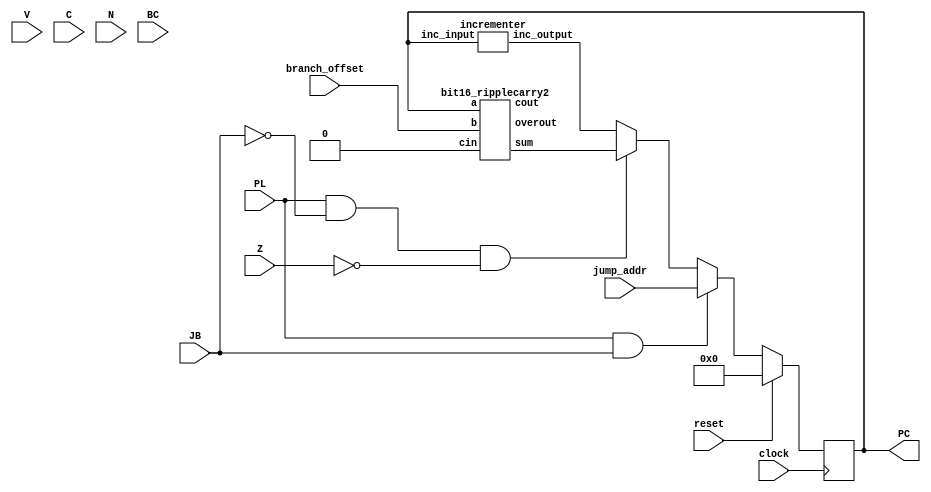
////////////////////////////////////////////////////////////////////////////////////////////////////
//
//
// Description: This is a model of the Program Counter controller for the Simple Computer.
//
//              The Program Counter's next value depends on the kind of instruction being executed.
//              - The Jump instruction uses an address value from the instruction's target register
//                as its destination.
//              - The Branch instructions use an address offset contained in the instruction code,
//                and are also dependent in part upon status flags N and Z.
//              - All other instructions cause PC to advance to the next consecutive instruction.
//
// Modified by KLC, Nov 2015 to fix R6/R7 LED viewing.
// Modified by Addison Ferrari, July 2019 to reduce amount of procedural verilog and increase
//          readability.
// Modified by JST, October 2019 to remove hidden control references.
// Modified by KLC, March 2020 to remove "+" operator
// Modified by KLC, Feb 2021 to eliminate "half_adder" name conflict
//
// ** Note that this modules uses Verilog constructs that you are NOT permitted to use in your code ** 
// 
////////////////////////////////////////////////////////////////////////////////////////////////////

module pc_controller(clock, reset, V, C, N, Z, PL, JB, BC, branch_offset, jump_addr, PC);
	input         clock;				// CPU clock
	input         reset;				// CPU reset
	input         V;					// Overflow status bit
	input         C;					// Carry status bit
	input         N;					// Negative status bit
	input         Z;					// Zero status bit
	input         PL;					// Program Counter Load
	input         JB;					// Jump/Branch Control
	input         BC;					// Branch Condition
	input  [15:0] jump_addr;		// Jump Address
	input  [15:0] branch_offset;	// Branch Offset
	output [15:0] PC;					// PC value
	reg    [15:0] PC;

	wire   [15:0] next_pc;
	wire   [15:0] pc_inc;

	wire	 [15:0] result, PCcarry;
	wire cout, ovout, cout1, ovout1;
	
	// Register that increments the PC at every positive clock edge
	always@(posedge clock) begin
		if(reset)
			PC <= 16'h0000;
		else
			PC <= next_pc;
	end
	
	// Logic to decide what is the next PC value based upon the control bits (PL, JB, BC) and the status bits (N, Z)
	// YOU WILL HAVE TO MODIFY THIS LOGIC IN LEARNING EXPERIENCE F.3.

   assign next_pc = (reset == 1'b1)                           ? 16'h0000           :	// Reset: next_PC = 0
                    (PL&JB == 1'b1)                           ? jump_addr          :	// JUMP: next_PC = jump_address
						  (PL&~JB&~Z == 1'b1)										? result				:
                                                                pc_inc;			         // Default: next_PC = PC + 1 

   incrementer PCINC (pc_inc, PC);
	
	

	bit16_ripplecarry2 offsetAddition2(result, cout, ovout, PC, branch_offset, 1'b0);   //Add
	
	

endmodule


module incrementer (inc_output, inc_input);
   input [15:0] inc_input;
	output [15:0] inc_output;
	wire [16:1] C;
	
	halfadd HA0 (inc_output[0], C[1], inc_input[0], 1'b1);
	halfadd HA1 (inc_output[1], C[2], inc_input[1], C[1]);
	halfadd HA2 (inc_output[2], C[3], inc_input[2], C[2]);
	halfadd HA3 (inc_output[3], C[4], inc_input[3], C[3]);
	halfadd HA4 (inc_output[4], C[5], inc_input[4], C[4]);
	halfadd HA5 (inc_output[5], C[6], inc_input[5], C[5]);
	halfadd HA6 (inc_output[6], C[7], inc_input[6], C[6]);
	halfadd HA7 (inc_output[7], C[8], inc_input[7], C[7]);
	halfadd HA8 (inc_output[8], C[9], inc_input[8], C[8]);
	halfadd HA9 (inc_output[9], C[10], inc_input[9], C[9]);
	halfadd HA10 (inc_output[10], C[11], inc_input[10], C[10]);
	halfadd HA11 (inc_output[11], C[12], inc_input[11], C[11]);
	halfadd HA12 (inc_output[12], C[13], inc_input[12], C[12]);
	halfadd HA13 (inc_output[13], C[14], inc_input[13], C[13]);
	halfadd HA14 (inc_output[14], C[15], inc_input[14], C[14]);
	halfadd HA15 (inc_output[15], C[16], inc_input[15], C[15]);

endmodule 

module halfadd (S,C,X,Y);
   input X, Y;
	output S, C;
	assign S = X^Y;
	assign C = X&Y;
endmodule







//////////////////////////////////////////////////////////////////////////////////////////////////////   For Branch Offset addition




module full_adder2 (sum, cout, a, b, cin);   //Full adder used for 8bit ripple carry
	input a, b, cin;
	output sum, cout;
	
	assign sum = a^b^cin;
	assign cout = a & b | (cin & (a^b));
endmodule

module bit16_ripplecarry2 (sum, cout, overout, a, b, cin);  // 8Bit ripple cary module for simple arithmetic
	input [15:0] a, b;
	input cin;
	output [15:0] sum;
	output cout;
	output overout;
	wire cout0, cout1, cout2, cout3, cout4, cout5, cout6, cout7, cout8, cout9, cout10, cout11, cout12, cout13, cout14;
	
	full_adder2 adder0 (sum[0], cout0, a[0], b[0], cin);
	full_adder2 adder1 (sum[1], cout1, a[1], b[1], cout0);
	full_adder2 adder2 (sum[2], cout2, a[2], b[2], cout1);
	full_adder2 adder3 (sum[3], cout3, a[3], b[3], cout2);
	full_adder2 adder4 (sum[4], cout4, a[4], b[4], cout3);
	full_adder2 adder5 (sum[5], cout5, a[5], b[5], cout4);
	full_adder2 adder6 (sum[6], cout6, a[6], b[6], cout5);
	full_adder2 adder7 (sum[7], cout7, a[7], b[7], cout6);
	full_adder2 adder8 (sum[8], cout8, a[8], b[8], cout7);
	full_adder2 adder9 (sum[9], cout9, a[9], b[9], cout8);
	full_adder2 adder10 (sum[10], cout10, a[10], b[10], cout9);
	full_adder2 adder11 (sum[11], cout11, a[11], b[11], cout10);
	full_adder2 adder12 (sum[12], cout12, a[12], b[12], cout11);
	full_adder2 adder13 (sum[13], cout13, a[13], b[13], cout12);
	full_adder2 adder14 (sum[14], cout14, a[14], b[14], cout13);
	full_adder2 adder15 (sum[15], cout, a[15], b[15], cout14);
	
	assign overout = cout ^ cout14;
	
	
endmodule